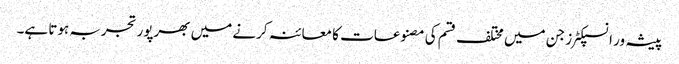
پیشہ ور انسپکٹرز جن میں مختلف قسم کی مصنوعات کا معائنہ کرنے میں بھرپور تجربہ ہوتا ہے۔